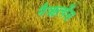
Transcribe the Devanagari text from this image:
नैऋर्त्येस